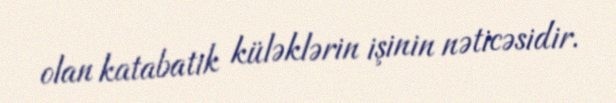
olan katabatik küləklərin işinin nəticəsidir.